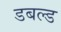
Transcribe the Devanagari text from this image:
डबल्ड